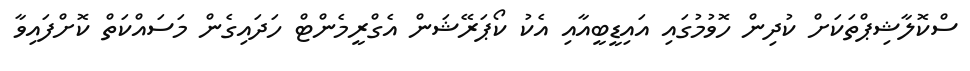
ސްކޮލާޝިޕްތަކަށް ކުދިން ހޮވުމުގައި އައިޑީބީއާއި އެކު ކޯޕަރޭޝަން އެގްރީމެންޓް ހަދައިގެން މަސައްކަތް ކޮށްފައިވާ